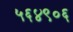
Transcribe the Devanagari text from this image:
५६४९०६